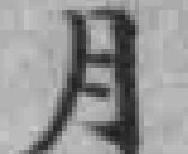
月